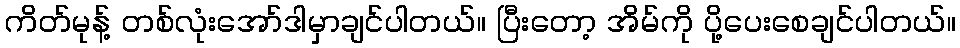
ကိတ်မုန့် တစ်လုံးအော်ဒါမှာချင်ပါတယ်။ ပြီးတော့ အိမ်ကို ပို့ပေးစေချင်ပါတယ်။